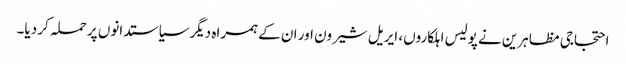
احتجاجی مظاہرین نے پولیس اہلکاروں، ایریل شیرون اور ان کے ہمراہ دیگر سیاستدانوں پر حملہ کر دیا۔